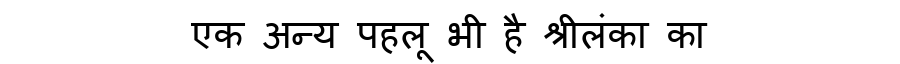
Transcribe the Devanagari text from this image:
एक अन्य पहलू भी है श्रीलंका का